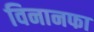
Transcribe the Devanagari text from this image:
विनानफा